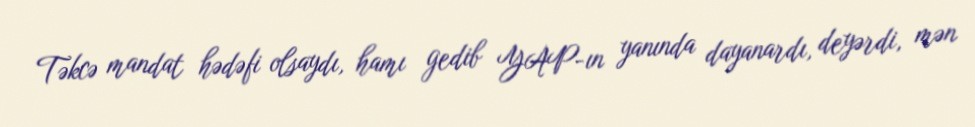
Təkcə mandat hədəfi olsaydı, hamı gedib YAP-ın yanında dayanardı, deyərdi, mən